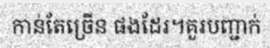
កាន់តែច្រើន ផងដែរ។គួរបញ្ជាក់